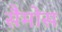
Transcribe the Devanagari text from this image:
सैमोस